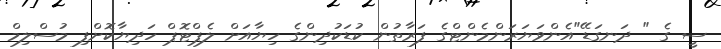
ސީ ގެ " ދަނގަޑޭ"އެންވަޔަރަންމެންޓްގެ ފަރާތުން ކުޑަކުދިންގެ ހިޔާއަށް ލެޕްޓޮޕް ހަދިޔާކޮށްފި މުސްލިމް